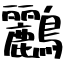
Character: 鸝